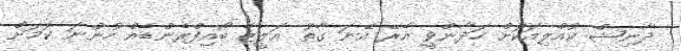
ދާނިޝް ކުއްލިއަކަށް ހަދާންވީ އެރޭ އޭނަ ގާތު އަލީޒާ ބޯއިފްރެންޑެއް ހުންނަ ކަމަށް